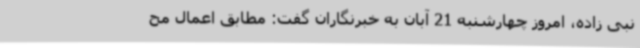
نبی زاده، امروز چهارشنبه 21 آبان به خبرنگاران گفت: مطابق اعمال مح